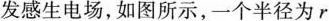
发感生电场，如图所示，一个半径为r